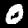
Digit: 0